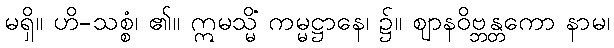
မရှိ။ ဟိ-သစ္စံ၊ ၏။ ဣမသ္မိံ ကမ္မဋ္ဌာနေ၊ ၌။ ဈာနဝိဗ္ဘန္တကော နာမ၊